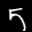
Label: 5